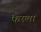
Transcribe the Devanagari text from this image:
फैस्ला